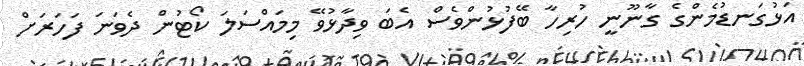
އަޅުގަނޑުމެންގެ ގާނޫނީ ހުރިހާ ބޭފުޅުންވެސް އެބަ ވިދާޅުވޭ މިމައްސަލަ ކޯޓުން ދެވަނަ ފަހަރަށް